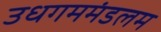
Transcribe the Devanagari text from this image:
उधगममंडलम